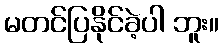
မတင်ပြနိုင်ခဲ့ပါ ဘူး။